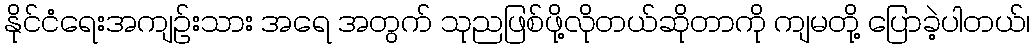
နိုင်ငံရေးအကျဉ်းသား အရေ အတွက် သုညဖြစ်ဖို့လိုတယ်ဆိုတာကို ကျမတို့ ပြောခဲ့ပါတယ်၊